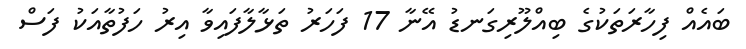
ބައެއް ފިހާރަތަކުގެ ބިއްލޫރިގަނޑު އޭނާ 17 ފަހަރު ތަޅާލާފައިވާ އިރު ހަފުތާއަކު ފަސް